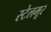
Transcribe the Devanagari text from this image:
स्टेलमूर